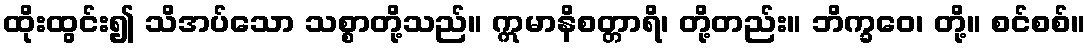
ထိုးထွင်း၍ သိအပ်သော သစ္စာတို့သည်။ ဣမာနိစတ္တာရိ၊ တို့တည်း။ ဘိက္ခဝေ၊ တို့။ စင်စစ်။